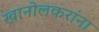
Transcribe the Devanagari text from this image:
खानोलकरांना